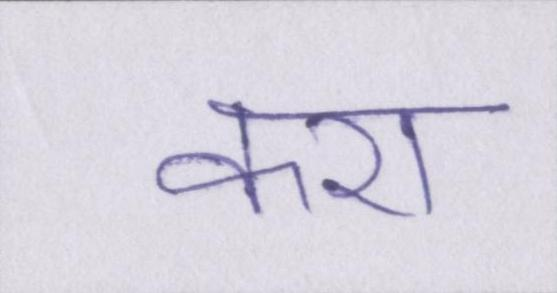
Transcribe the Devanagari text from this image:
करा